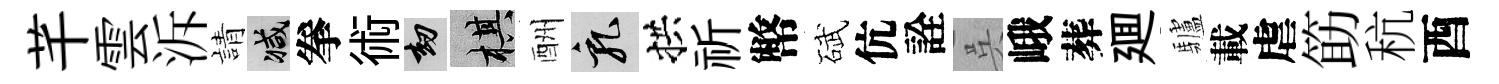
芊雲泝請减拳術劫棋酬乳拱祈幣碔伉詮呉峨葬廽驢載虐筯秔酉